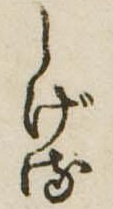
しげる